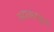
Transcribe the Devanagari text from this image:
सदाचारशून्य